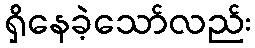
ရှိနေခဲ့သော်လည်း